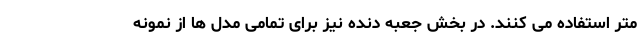
متر استفاده می کنند. در بخش جعبه دنده نیز برای تمامی مدل ها از نمونه